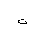
Letter: _ta